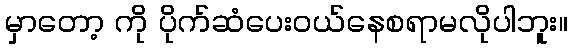
မှာတော့ ကို ပိုက်ဆံပေးဝယ်နေစရာမလိုပါဘူး။